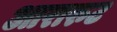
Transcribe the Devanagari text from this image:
आरारुट